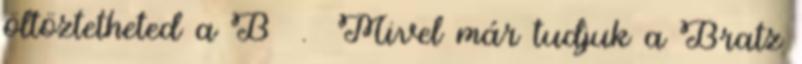
öltöztetheted a B . Mivel már tudjuk a Bratz